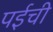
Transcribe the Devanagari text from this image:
पईची